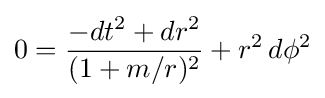
0={\frac {-dt^{2}+dr^{2}}{(1+m/r)^{2}}}+r^{2}\,d\phi ^{2}